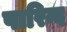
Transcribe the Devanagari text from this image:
पारिन्द